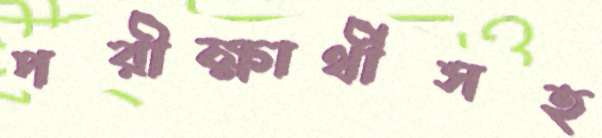
পরীক্ষার্থীসহ